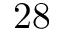
2 8